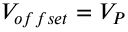
V _ { o f f s e t } = V _ { P }